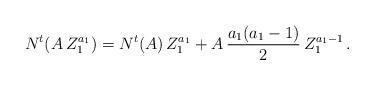
\begin{align*}N^t (A \, Z_1^{a_1}) = N^t (A) \, Z_1^{a_1} + A \, {a_1 (a_1 - 1) \over 2} \, Z_1^{a_1 - 1} \, .\end{align*}